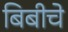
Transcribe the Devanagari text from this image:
बिबीचे